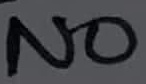
Text: NO